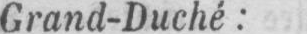
Grand-Duché: